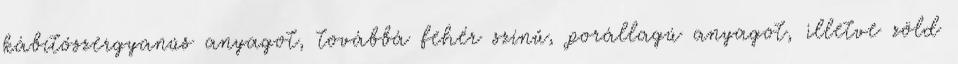
kábítószergyanús anyagot, továbbá fehér színű, porállagú anyagot, illetve zöld